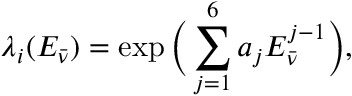
\lambda _ { i } ( E _ { \bar { \nu } } ) = \exp \Big ( \sum _ { j = 1 } ^ { 6 } a _ { j } E _ { \bar { \nu } } ^ { j - 1 } \Big ) ,